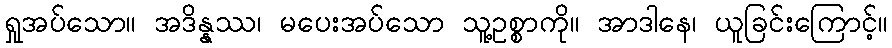
ရှုအပ်သော။ အဒိန္နဿ၊ မပေးအပ်သော သူ့ဥစ္စာကို။ အာဒါနေ၊ ယူခြင်းကြောင့်။